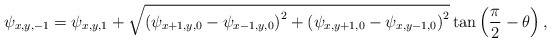
\begin{align*}{\psi _{x,y,-1}} = {\psi _{x,y,1}} + \sqrt {{{\left( {{\psi _{x + 1,y,0}} - {\psi _{x - 1,y,0}}} \right)}^2} + {{\left( {{\psi _{x,y + 1,0}} - {\psi _{x,y - 1,0}}} \right)}^2}} \tan \left( {\frac{\pi }{2} - \theta } \right),\end{align*}